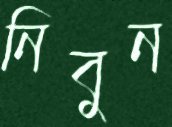
নিবুন